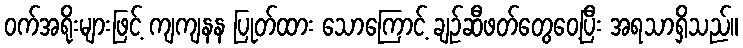
ဝက်အရိုးများဖြင့် ကျကျနန ပြုတ်ထား သောကြောင့် ချဉ်ဆီဖတ်တွေဝေ့ပြီး အရသာရှိသည်။